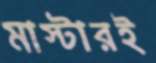
মাস্টারই